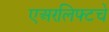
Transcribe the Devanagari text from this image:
एअरलिफ्टचे